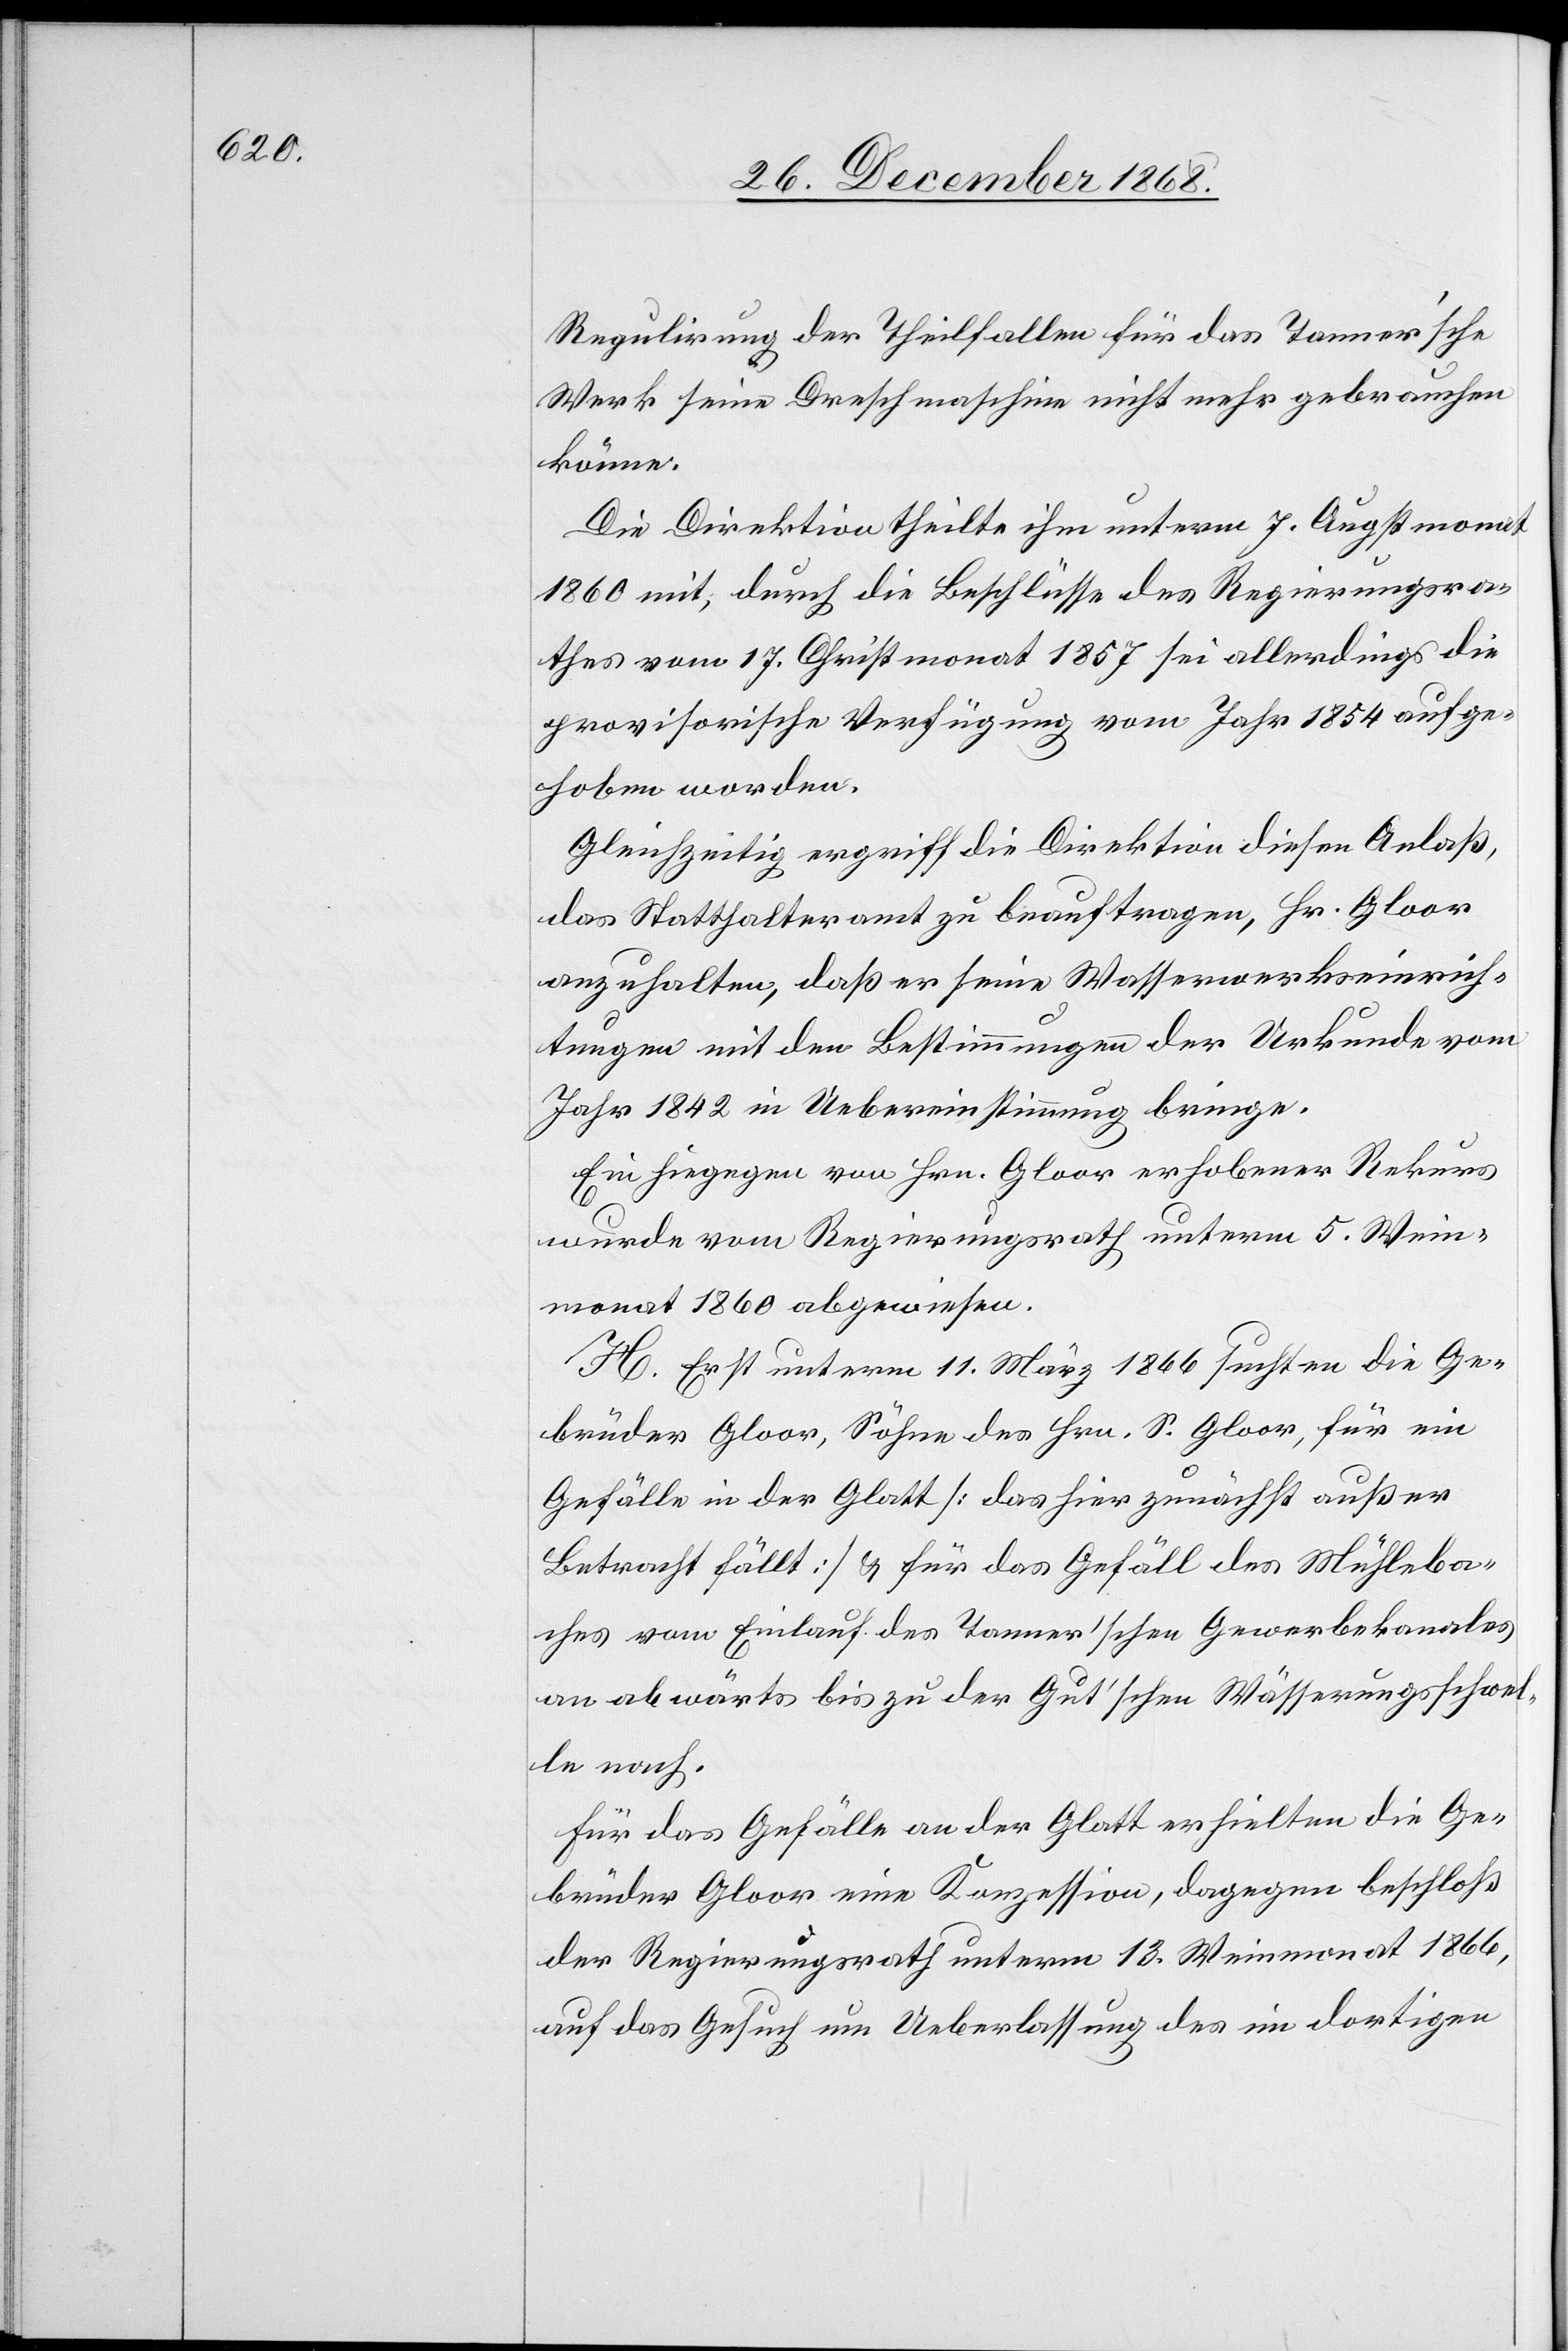
Regulirung der Theilfallen für das Tanner’sche
Werk seine Dreschmaschine nicht mehr gebrauchen
könne.
Die Direktion theilte ihm unterm 7. Augstmonat
1860 mit, durch die Beschlüsse des Regierungsra¬
thes vom 17. Christmonat 1857 sei allerdings die
provisorische Verfügung vom Jahr 1854 aufge¬
hoben worden.
Gleichzeitig ergriff die Direktion diesen Anlaß,
das Statthalteramt zu beauftragen, Hr. Gloor
anzuhalten, daß er seine Wasserwerkseinrich¬
tungen mit den Bestimmungen der Urkunde vom
Jahr 1842 in Uebereinstimmung bringe.
Ein hiegegen von Hrn. Gloor erhobener Rekurs
wurde vom Regierungsrath unterm 5. Wein¬
monat 1860 abgewiesen.
H. Erst unterm 11. März 1866 suchten die Ge¬
brüder Gloor, Söhne des Hrn. S. Gloor, für ein
Gefälle in der Glatt [das hier zunächst außer
Betracht fällt] & für das Gefäll des Mühleba¬
ches vom Einlauf des Tanner’schen Gewerbekanales
an abwärts bis zu der Gut’schen Wässerungsschwel¬
le nach.
Für das Gefälle an der Glatt erhielten die Ge¬
brüder Gloor eine Konzession, dagegen beschloß
der Regierungsrath unterm 13. Weinmonat 1866,
auf das Gesuch um Ueberlassung des im dortigen